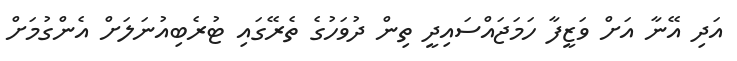
އަދި އޭނާ އަށް ވަޒީފާ ހަމަޖައްސައިދީ ތިން ދުވަހުގެ ތެރޭގައި ޓުރެބިއުނަލަށް އެންގުމަށް